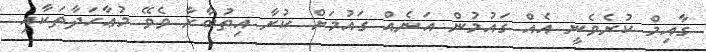
ގާއިމް ކުރެވެނީ އެއް ގައުމުން އަނެއް ގައުމަށް ކުރާ އިތުބާރާ ވެވޭ މުޢާހަދާތަކާއި